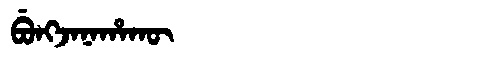
Manchu: ᠪᡠᠩᠵᠠᠨᠠᡥᠠᡴᡡ
Romanization: BUNGJANAHAKŪ